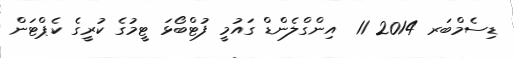
ޑިސެމްބަރ 2014 11  އިންގްލެންޑް ގައުމީ ފުޓްބޯޅަ ޓީމުގެ ކުރީގެ ކެޕްޓަން